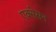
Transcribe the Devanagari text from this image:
एक्सेसन